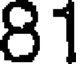
81